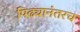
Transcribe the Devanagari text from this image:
पिढ्यानंतरच